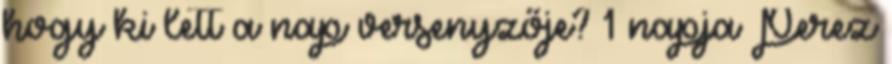
hogy ki lett a nap versenyzője? 1 napja Perez